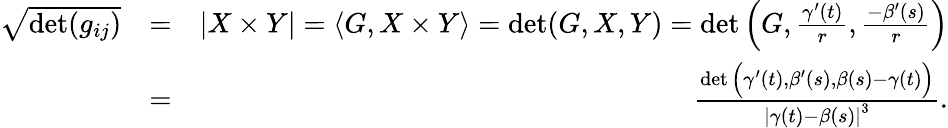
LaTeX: \begin{array}{rlr}{\sqrt{\operatorname*{det}(g_{ij})}}&{=}&{|X\times Y|=\langle G,X\times Y\rangle=\operatorname*{det}(G,X,Y)=\operatorname*{det}\Big(G,\frac{\gamma^{\prime}(t)}{r},\frac{-\beta^{\prime}(s)}{r}\Big)}\\ &{=}&{\frac{\operatorname*{det}\Big(\gamma^{\prime}(t),\beta^{\prime}(s),\beta(s)-\gamma(t)\Big)}{\left\vert\gamma(t)-\beta(s)\right\vert^{3}}.}\end{array}